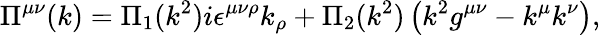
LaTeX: \Pi^{\mu\nu}(k)=\Pi_{1}(k^{2})i\epsilon^{\mu\nu\rho}k_{\rho}+\Pi_{2}(k^{2})\left(k^{2}g^{\mu\nu}-k^{\mu}k^{\nu}\right),